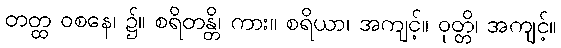
တတ္ထ ဝစနေ၊ ၌။ စရိတန္တိ၊ ကား။ စရိယာ၊ အကျင့်။ ဝုတ္တိ၊ အကျင့်။